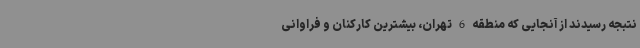
نتبجه رسیدند از آنجایی که منطقه 6 تهران، بیشترین کارکنان و فراوانی